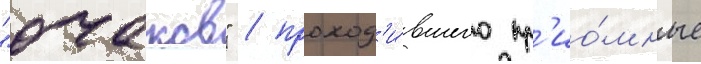
"очаков" / проход'и́вшего пр'ио́мные